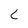
Character: c